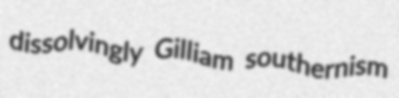
dissolvingly Gilliam southernism